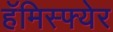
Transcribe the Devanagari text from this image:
हॅमिस्फ्येर